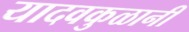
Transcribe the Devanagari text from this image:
यादवकुळानी